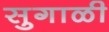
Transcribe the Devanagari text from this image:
सुगाळी